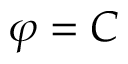
\varphi = C